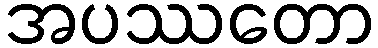
အပဿတော